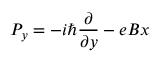
P _ { y } = - i \hbar \frac { \partial } { \partial y } - e B x